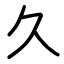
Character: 久